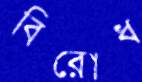
বিরোধ